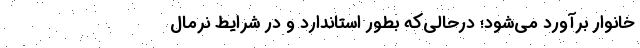
خانوار برآورد می‌‌شود؛ درحالی‌که بطور استاندارد و در شرایط نرمال